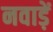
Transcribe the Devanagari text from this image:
नवाड़ें